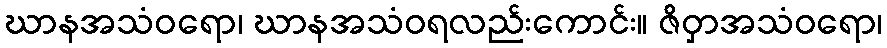
ဃာနအသံဝရော၊ ဃာနအသံဝရလည်းကောင်း။ ဇိဝှာအသံဝရော၊